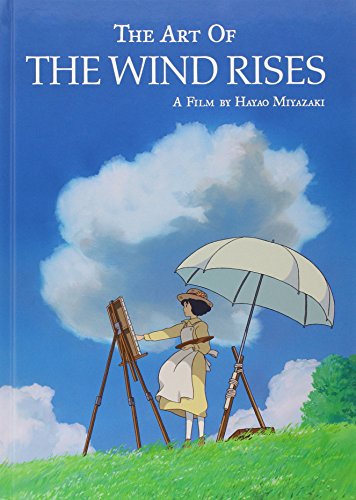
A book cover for The Art of the Wind Rises; Hayao Miyazaki; Humor & Entertainment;